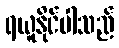
ရယူနိုင်ပါသည်